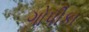
ગોપીકા